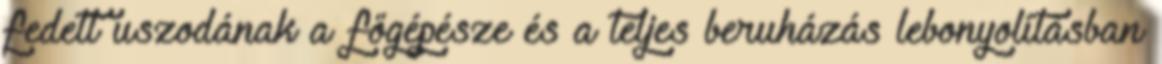
fedett uszodának a főgépésze és a teljes beruházás lebonyolításban